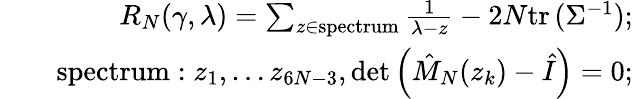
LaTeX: \begin{array}{rlr}&{}&{R_{N}(\gamma,\lambda)=\sum_{z\in\mathrm{spectrum}}\frac{1}{\lambda-z}-2N\mathrm{tr}\, (\Sigma^{-1});}\\ &{}&{\mathrm{spectrum}:z_{1},\dots z_{6N-3},\operatorname*{det}\left(\hat{M}_{N}(z_{k})-\hat{I}\right)=0;}\end{array}